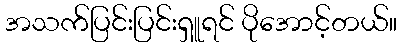
အသက်ပြင်းပြင်းရှူရင် ပိုအောင့်တယ်။